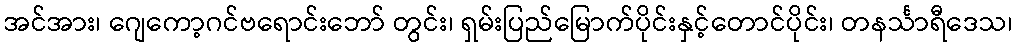
အင်အား၊ ဂျေကော့ဂင်ဗရောင်းဘော် တွင်း၊ ရှမ်းပြည်မြောက်ပိုင်းနှင့်တောင်ပိုင်း၊ တနင်္သာရီဒေသ၊